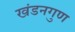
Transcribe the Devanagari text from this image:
खंडनगुण